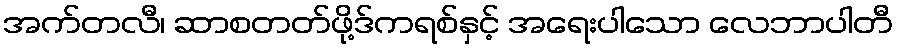
အက်တလီ၊ ဆာစတတ်ဖို့ဒ်ကရစ်နှင့် အရေးပါသော လေဘာပါတီ